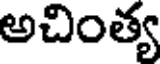
అచింత్య